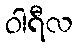
ဝါရီလ